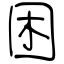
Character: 困